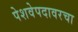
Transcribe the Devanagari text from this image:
पेशवेपदावरचा